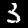
Label: 3